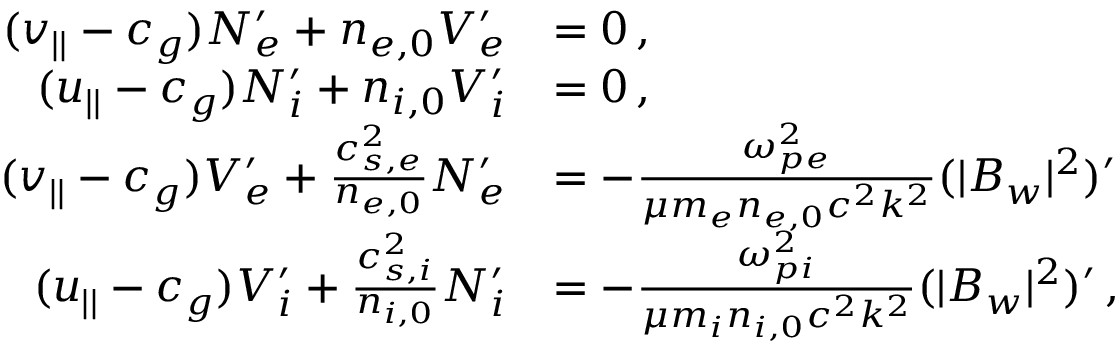
\begin{array} { r l } { ( v _ { | | } - c _ { g } ) N _ { e } ^ { \prime } + n _ { e , 0 } V _ { e } ^ { \prime } } & { = 0 \, , } \\ { ( u _ { | | } - c _ { g } ) N _ { i } ^ { \prime } + n _ { i , 0 } V _ { i } ^ { \prime } } & { = 0 \, , } \\ { ( v _ { | | } - c _ { g } ) V _ { e } ^ { \prime } + \frac { c _ { s , e } ^ { 2 } } { n _ { e , 0 } } N _ { e } ^ { \prime } } & { = - \frac { \omega _ { p e } ^ { 2 } } { \mu m _ { e } n _ { e , 0 } c ^ { 2 } k ^ { 2 } } ( | B _ { w } | ^ { 2 } ) ^ { \prime } } \\ { ( u _ { | | } - c _ { g } ) V _ { i } ^ { \prime } + \frac { c _ { s , i } ^ { 2 } } { n _ { i , 0 } } N _ { i } ^ { \prime } } & { = - \frac { \omega _ { p i } ^ { 2 } } { \mu m _ { i } n _ { i , 0 } c ^ { 2 } k ^ { 2 } } ( | B _ { w } | ^ { 2 } ) ^ { \prime } \, , } \end{array}